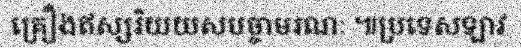
គ្រឿងឥស្សរិយយសបច្ចាមរណៈ ៕ប្រទេសឡាវ